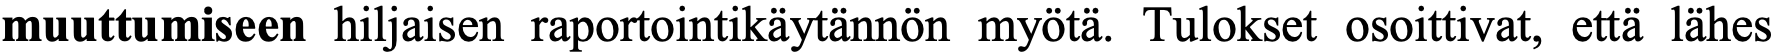
muuttumiseen hiljaisen raportointikäytännön myötä. Tulokset osoittivat, että lähes